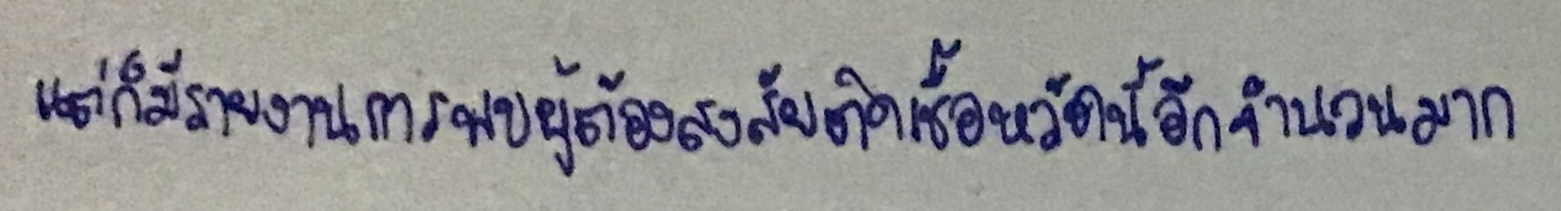
แต่ก็มีรายงานการพบผู้ต้องสงสัยติดเชื้อหวัดนี้อีกจำนวนมาก